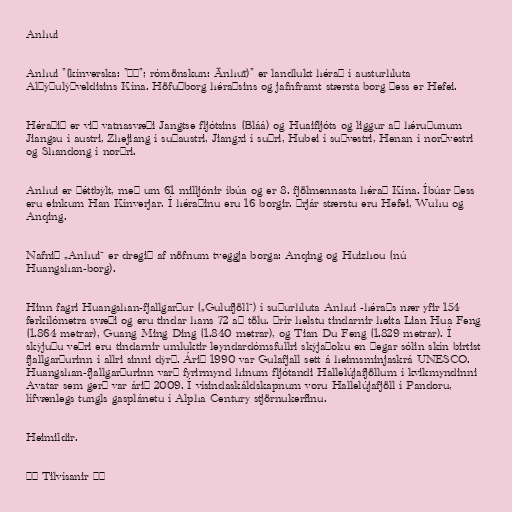
Anhui

Anhui "(kínverska: "安徽"; rómönskun: Ānhuī)" er landlukt hérað í austurhluta
Alþýðulýðveldisins Kína. Höfuðborg héraðsins og jafnframt stærsta borg þess er Hefei.

Héraðið er við vatnasvæði Jangtse fljótsins (Bláá) og Huaifljóts og liggur að héruðunum
Jiangsu í austri, Zhejiang í suðaustri, Jiangxi í suðri, Hubei í suðvestri, Henan í norðvestri
og Shandong í norðri.

Anhui er þéttbýlt, með um 61 milljónir íbúa og er 8. fjölmennasta hérað Kína. Íbúar þess
eru einkum Han Kínverjar. Í héraðinu eru 16 borgir. Þrjár stærstu eru Hefei, Wuhu og
Anqing.

Nafnið „Anhui“ er dregið af nöfnum tveggja borga: Anqing og Huizhou (nú
Huangshan-borg).

Hinn fagri Huangshan-fjallgarður („Gulufjöll“) í suðurhluta Anhui -héraðs nær yfir 154
ferkílómetra svæði og eru tindar hans 72 að tölu. Þrír helstu tindarnir heita Lian Hua Feng
(1.864 metrar), Guang Ming Ding (1.840 metrar), og Tian Du Feng (1.829 metrar). Í
skýjuðu veðri eru tindarnir umluktir leyndardómsfullri skýjaþoku en þegar sólin skín birtist
fjallgarðurinn í allri sinni dýrð. Árið 1990 var Gulafjall sett á heimsminjaskrá UNESCO.
Huangshan-fjallgarðurinn varð fyrirmynd hinum fljótandi Hallelújafjöllum í kvikmyndinni
Avatar sem gerð var árið 2009. Í vísindaskáldskapnum voru Hallelújafjöll í Pandoru,
lífvænlegs tungls gasplánetu í Alpha Century stjörnukerfinu.

Heimildir.

== Tilvísanir ==